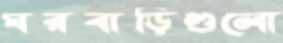
ঘরবাড়িগুলো